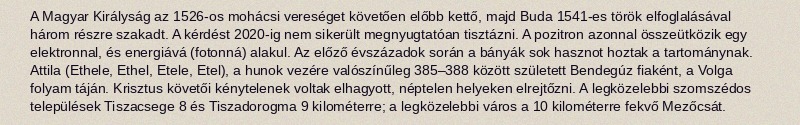
A Magyar Királyság az 1526-os mohácsi vereséget követően előbb kettő, majd Buda 1541-es török elfoglalásával három részre szakadt. A kérdést 2020-ig nem sikerült megnyugtatóan tisztázni. A pozitron azonnal összeütközik egy elektronnal, és energiává (fotonná) alakul. Az előző évszázadok során a bányák sok hasznot hoztak a tartománynak. Attila (Ethele, Ethel, Etele, Etel), a hunok vezére valószínűleg 385–388 között született Bendegúz fiaként, a Volga folyam táján. Krisztus követői kénytelenek voltak elhagyott, néptelen helyeken elrejtőzni. A legközelebbi szomszédos települések Tiszacsege 8 és Tiszadorogma 9 kilométerre; a legközelebbi város a 10 kilométerre fekvő Mezőcsát.